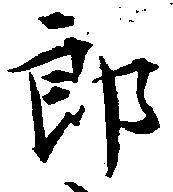
郎